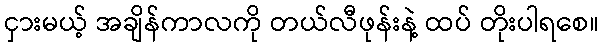
ငှားမယ့် အချိန်ကာလကို တယ်လီဖုန်းနဲ့ ထပ် တိုးပါရစေ။